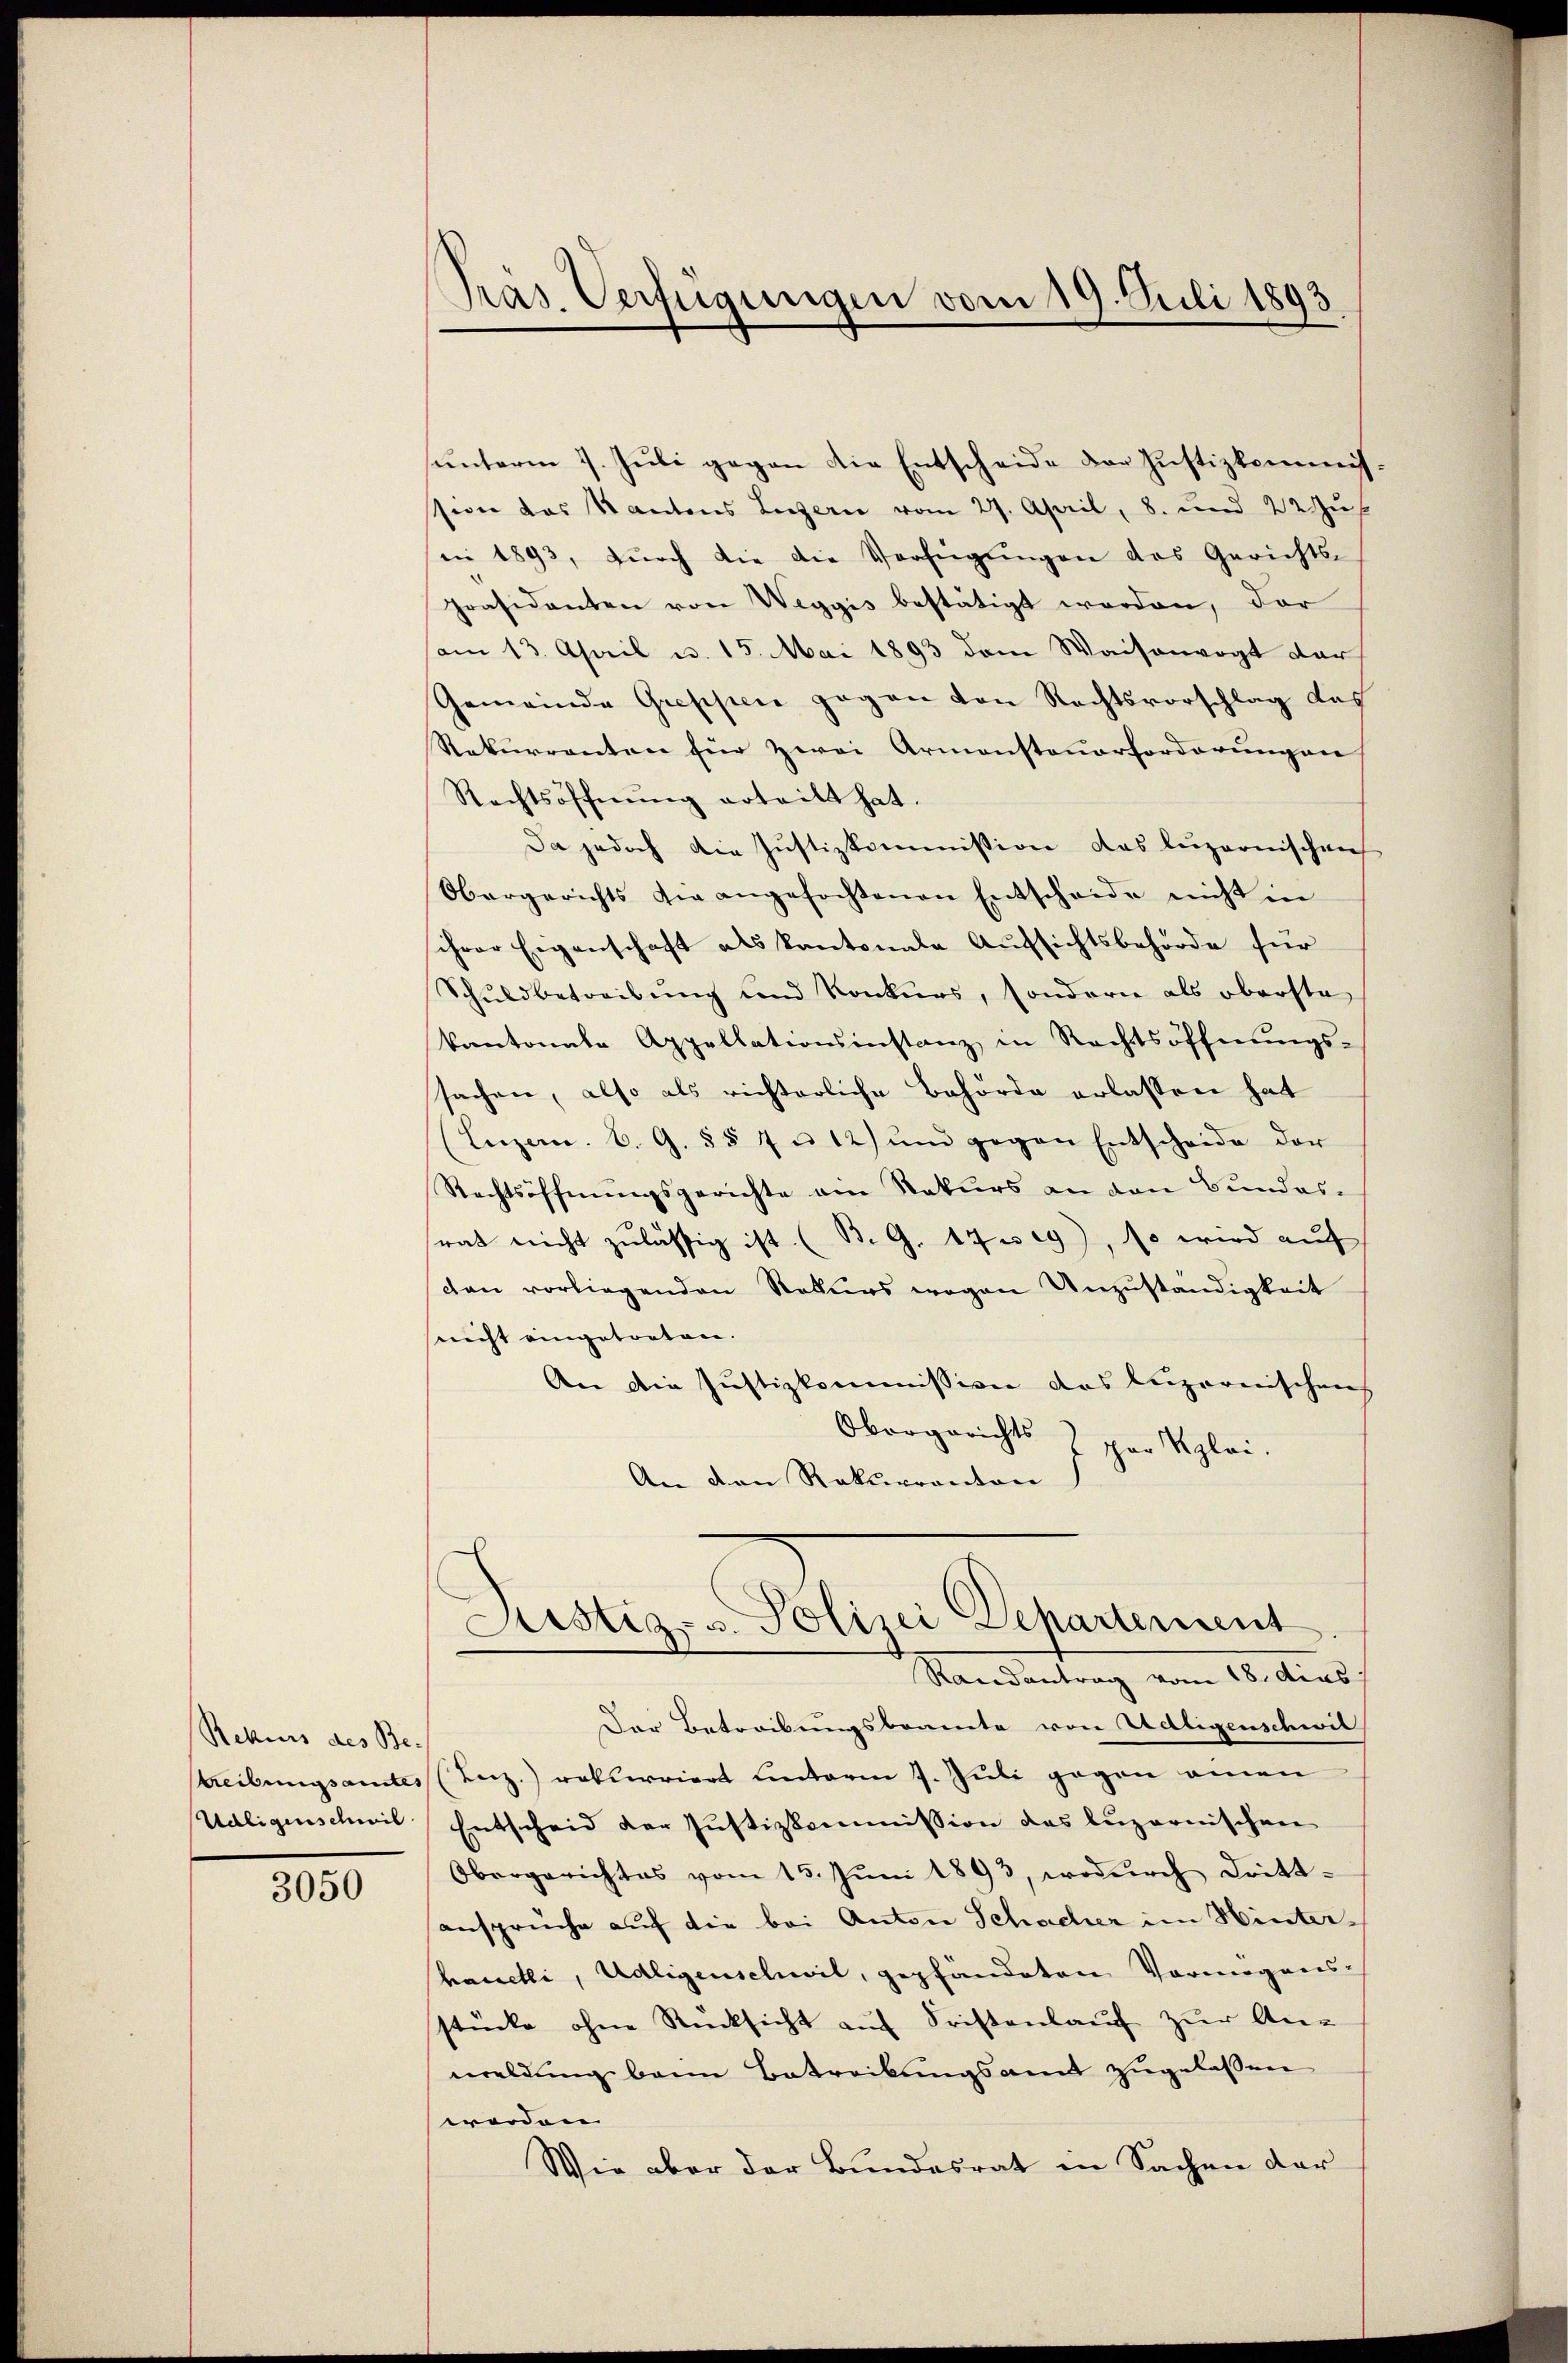
Rekurs des Be- |
treibungsamtes
Udligenschwil

3050

Präs. Verfügungen vom 19. Juli 1893.

unterm 7. Juli gegen die Entscheide der Justizkommisssion das Kantons Luzern vom 27. April, 8. und 22 zus
(i 1893, dŭrch die die Verfügŭngen das Gerichts-
Präsidenten von Weggis bestätigt worden, der
Vom 13. April u. 15. Mai 1893 dem Waisenvogt der
Gemeinde Greppen gegen den Rechtsvorschlag das
Rekurrenten für zwei Armensteuerforderungen
Rechtsöffnung erteilt hat.
Da jedoch die Justizkommission das Luzerenschrif
Obergerichts die angefochtenen Entscheide nicht in
ihrer Eigenschaft als Kantonale Aufsichtsbehörde für
Schuldbetreibung und Konkurs, sondern als oberste
kantonale Appellationsinstanz in Rechtsöffnungs-
sachen, also als richterliche Behörde erlassen hat
(Luzern. B. G. §§ 7 u. 12) und gegen Entscheide der
Rechtsöffnungsgerichte am Naturs an den Bundessrat nicht zulässig ist. (B. G. 1739), so wird aŭf
den vorliegenden Rekurs wegen Unzŭständigkeit
nicht eingetreten.
An die Justizkommission das luzernischens
Obergerichts
phor Klei¬
An den Rekurrenton

Der Betreibungsbeamte von Adligenschwil
(Inz.) rekurriert unterm 7. Juli gegen einen
Entscheid der Justizkommission des luzernischen
Obergerichtes vom 15. Juni 1893, wodurch Drittansprüche auf die bei Anton Schacher im Hinterhanelli, Adligenschwil, gepfändeten Vermögens-
stücke ohne Rücksicht auf Fristenlauf zur An-
waldung beim Betreibungsamt zugelassen
werden |
Wie aber der Bundesrat in Sachen der

Aistiz- u. Polizei Separtement
Randantrag vom 18. dies